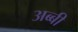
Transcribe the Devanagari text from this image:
अब्बी